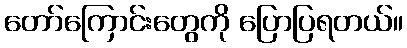
တော်ကြောင်းတွေကို ပြောပြရတယ်။